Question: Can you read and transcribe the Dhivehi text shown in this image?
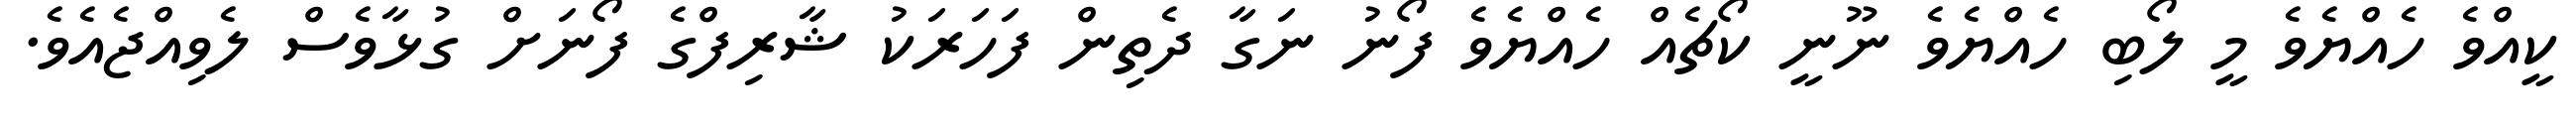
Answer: ކީއްވެ ހެއްޔެވެ މީ ލޯބި ހެއްޔެވެ ނޫނީ ކޯޗެއް ހެއްޔެވެ ފޯނު ނަގާ ދެތިން ފަހަރަކު ޝާރިފްގެ ފޯނަށް ގުޅާވެސް ލެވިއްޖެއެވެ.